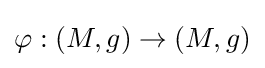
\varphi :(M,g)\to (M,g)